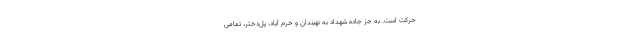
حرکت است. به جز جاده شهداد به نهبندان و خرم آباد، پل‌دختر، تمامی